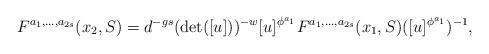
LaTeX: \begin{align*} F^{a_1,\ldots,a_{2s}}(x_2,S)=d^{-gs}(\det([u]))^{-w} [u]^{\phi^{a_1}} F^{a_1,\ldots,a_{2s}}(x_1,S) ([u]^{\phi^{a_1}})^{-1}, \end{align*}